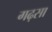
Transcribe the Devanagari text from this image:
गढ़सा